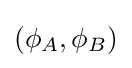
(\phi _{A},\phi _{B})